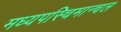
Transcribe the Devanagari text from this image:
मध्यपस्चिमान्चल